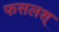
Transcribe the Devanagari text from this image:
फसलश्